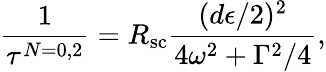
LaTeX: \frac{1}{\tau^{N=0,2}}=R_{\mathrm{sc}}\frac{(d\epsilon/2)^{2}}{4\omega^{2}+\Gamma^{2}/4},